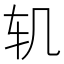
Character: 𮷖